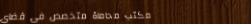
مكتب محاماة متخصص في قضاي